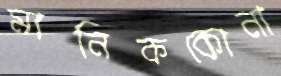
মানিককোনা